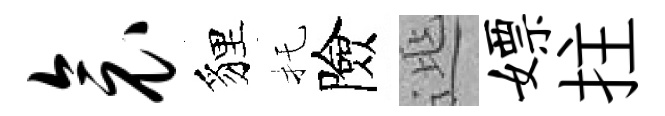
衾貍托險𨓱嫖拄